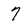
Character: 7